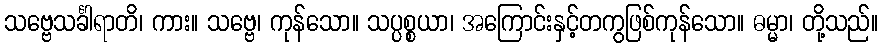
သဗ္ဗေသင်္ခါရာတိ၊ ကား။ သဗ္ဗေ၊ ကုန်သော။ သပ္ပစ္စယာ၊ အကြောင်းနှင့်တကွဖြစ်ကုန်သော။ ဓမ္မာ၊ တို့သည်။